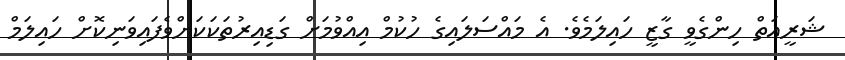
ޝަރީއަތް ހިންގެވީ ގާޒީ ހައިލަމެވެ. އެ މައްސަލައިގެ ހުކުމް އިއްވުމަށް ގަޑިއިރުތަކަކަށްވެފައިވަނިކޮށް ހައިލަމް